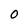
Character: O